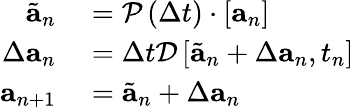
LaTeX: \begin{array}{r}{\begin{array}{rl}{\tilde{\mathbf{a}}_{n}}&{{}=\mathcal{P}\left(\Delta t\right)\cdot\left[\mathbf{a}_{n}\right]}\\ {\Delta\mathbf{a}_{n}}&{{}=\Delta t\mathcal{D}\left[\tilde{\mathbf{a}}_{n}+\Delta\mathbf{a}_{n},t_{n}\right]}\\ {\mathbf{a}_{n+1}}&{{}=\tilde{\mathbf{a}}_{n}+\Delta\mathbf{a}_{n}}\end{array}}\end{array}